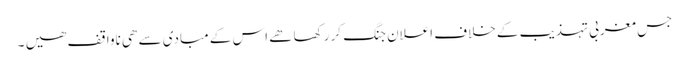
جس مغربی تہذیب کے خلاف اعلان جنگ کر رکھا ھے اس کے مبادی سے ھی ناواقف ھیں ۔